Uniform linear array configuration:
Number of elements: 12
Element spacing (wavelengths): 1
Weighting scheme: uniform
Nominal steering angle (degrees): -60
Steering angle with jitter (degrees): -59.682
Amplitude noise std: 0.05
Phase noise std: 0.05

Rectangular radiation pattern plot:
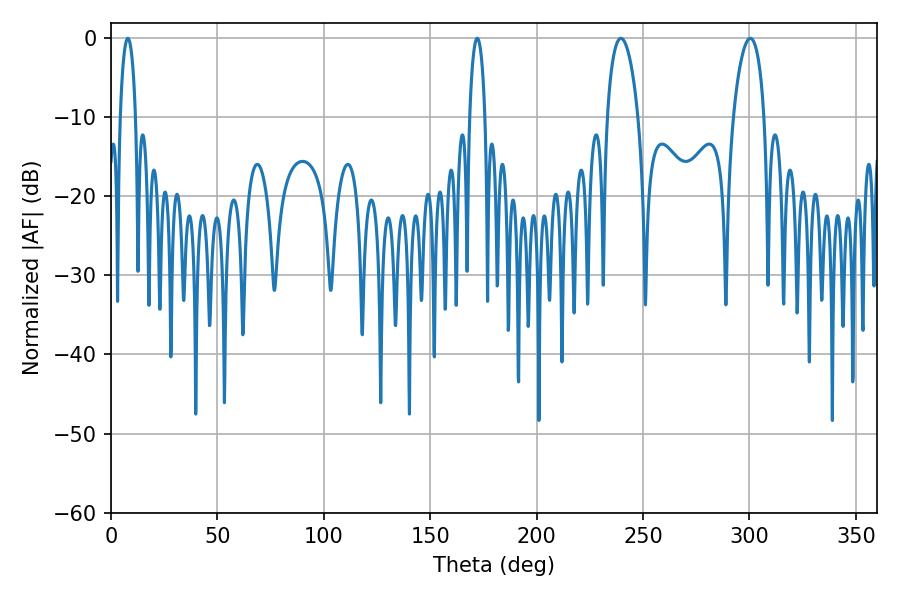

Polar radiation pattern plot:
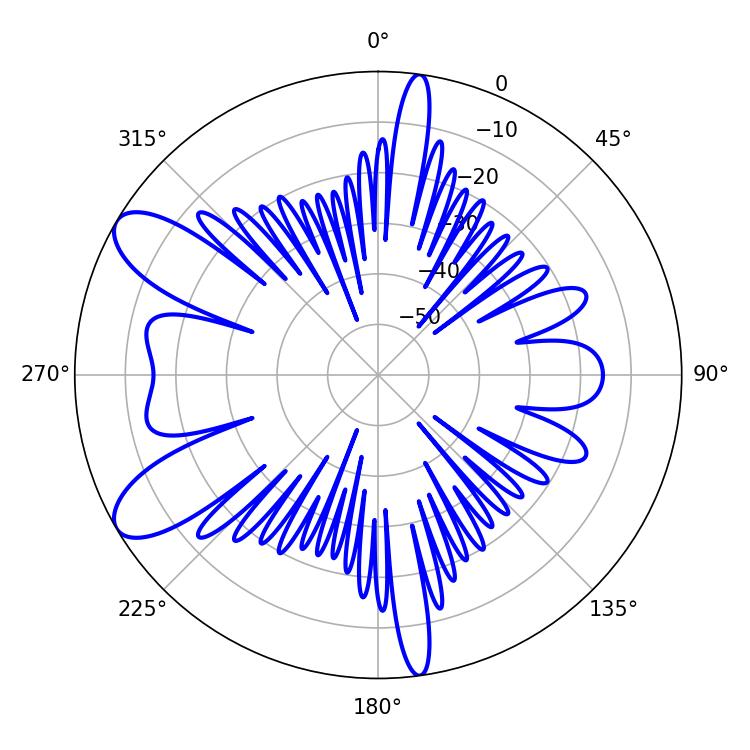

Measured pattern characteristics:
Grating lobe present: TRUE
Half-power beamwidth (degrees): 8.28
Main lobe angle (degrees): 300.42